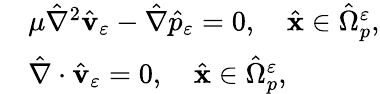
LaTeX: \begin{array}{rl}&{{\mu}{\hat{\nabla}}^{2}\hat{\mathbf v}_{\varepsilon}-{\hat{\nabla}}{\hat{p}_{\varepsilon}}=0,\quad\hat{\mathbf x}\in\hat{\Omega}_{p}^{\varepsilon},}\\ &{\hat{\nabla}\cdot\hat{\mathbf v}_{\varepsilon}=0,\quad\hat{\mathbf x}\in\hat{\Omega}_{p}^{\varepsilon},}\end{array}